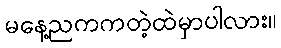
မနေ့ညကကတဲ့ထဲမှာပါလား။